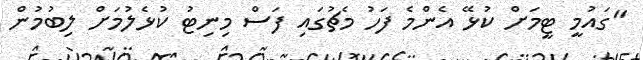
"ގައުމީ ޓީމަށް ކުޅޭ އެންމެ ފަހު މެޗުގައި ފަސް މިނިޓު ކުޅެލުމަށް ލިބުމުން